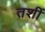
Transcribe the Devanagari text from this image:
तशीं